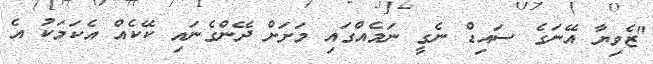
"ޒެވިޔާ އޭނަގެ ސައިޑް ނެގީ ނަމެއްގައި މަށަށް ދޭންގެނައި ކޭކެއް އެކަމަކު އެ